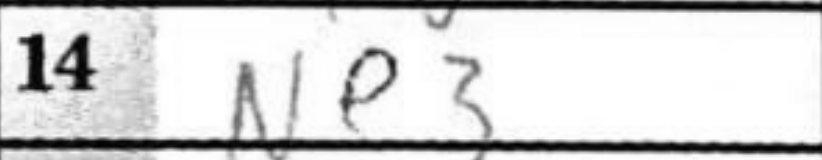
Transcription: Ne3